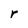
Character: r